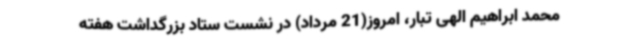
محمد ابراهیم الهی تبار، امروز(21 مرداد) در نشست ستاد بزرگداشت هفته